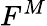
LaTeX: F^{M}